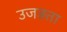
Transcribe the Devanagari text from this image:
उजड़ता